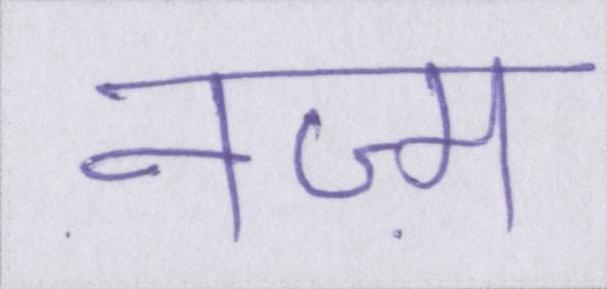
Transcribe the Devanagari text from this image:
नज़्म